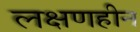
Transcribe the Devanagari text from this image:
लक्षणहीन